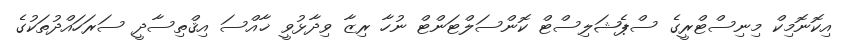
އިކޮނޮމިކް މިނިސްޓްރީގެ ސްޕެޝަލިސްޓް ކޮންސަލްޓަންޓް ނުހާ ރިޒާ ވިދާޅުވީ ޚާއްސަ އިޤްތިސާދީ ސަރަަހައްދުތަކުގެ